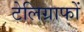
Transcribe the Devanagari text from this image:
टेलिग्राफों